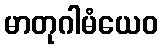
မာတုဂါမံယေဝ